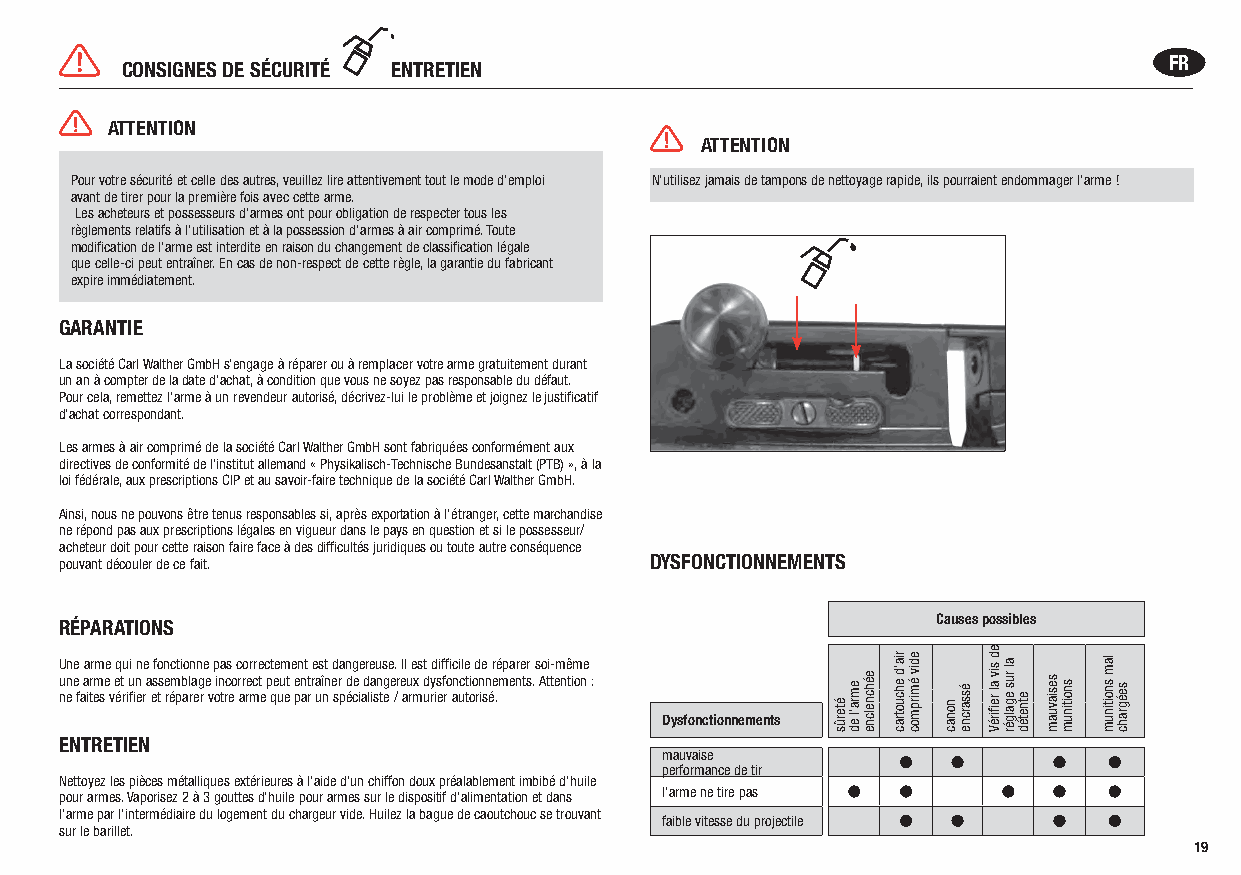
FR
 CONSIGNES DE SÉCURITÉ ENTRETIEN
 ATTENTION
 ATTENTION
 Pour votre sécurité et celle des autres, veuillez lire attentivement tout le mode d’emploi N’utilisez jamais de tampons de nettoyage rapide, ils pourraient endommager l’arme !
 avant de tirer pour la première fois avec cette arme.
 Les acheteurs et possesseurs d’armes ont pour obligation de respecter tous les
 règlements relatifs à l’utilisation et à la possession d’armes à air comprimé. Toute
 modification de l’arme est interdite en raison du changement de classification légale
 que celle-ci peut entraîner. En cas de non-respect de cette règle, la garantie du fabricant
 expire immédiatement.
 GARANTIE
 La société Carl Walther GmbH s’engage à réparer ou à remplacer votre arme gratuitement durant
 un an à compter de la date d’achat, à condition que vous ne soyez pas responsable du défaut.
 Pour cela, remettez l’arme à un revendeur autorisé, décrivez-lui le problème et joignez le justificatif
 d’achat correspondant.
 Les armes à air comprimé de la société Carl Walther GmbH sont fabriquées conformément aux
 directives de conformité de l’institut allemand « Physikalisch-Technische Bundesanstalt (PTB) », à la
 loi fédérale, aux prescriptions CIP et au savoir-faire technique de la société Carl Walther GmbH.
 Ainsi, nous ne pouvons être tenus responsables si, après exportation à l’étranger, cette marchandise
 ne répond pas aux prescriptions légales en vigueur dans le pays en question et si le possesseur/
 acheteur doit pour cette raison faire face à des difficultés juridiques ou toute autre conséquence
 pouvant découler de ce fait.           DYSFONCTIONNEMENTS
 RÉPARATIONS                                               Causes possibles
 Une arme qui ne fonctionne pas correctement est dangereuse. Il est difficile de réparer soi-même
 une arme et un assemblage incorrect peut entraîner de dangereux dysfonctionnements. Attention :
 ne faites vérifier et réparer votre arme que par un spécialiste / armurier autorisé.
 Dysfonctionnements
 ENTRETIEN
 mauvaise
 performance de tir
 Nettoyez les pièces métalliques extérieures à l’aide d’un chiffon doux préalablement imbibé d’huile
 pour armes. Vaporisez 2 à 3 gouttes d’huile pour armes sur le dispositif d’alimentation et dans l’arme ne tire pas
 l’arme par l’intermédiaire du logement du chargeur vide. Huilez la bague de caoutchouc se trouvant
 faible vitesse du projectile
 sur le barillet.
 19
 éterûs
 emra’l
 ed
 eéhcnelcne
 ria‘d
 ehcuotrac
 ediv
 émirpmoc
 nonac
 éssarcne
 ed siv
 al
 reifiréV
 al
 rus
 egalgér etnetéd
 sesiavuam snoitinum
 lam
 snoitinum seégrahc